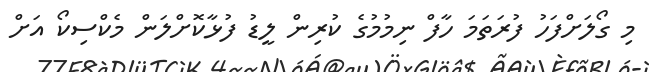
މި ގޯލަށްފަހު ފުރަތަމަ ހާފް ނިމުމުގެ ކުރިން ލީޑު ފުޅާކޮށްލަން މެކްސިކޯ އަށް